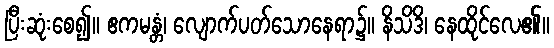
ပြီးဆုံးစေ၍။ ဧကမန္တံ၊ လျောက်ပတ်သောနေရာ၌။ နိသိဒိ၊ နေထိုင်လေ၏။